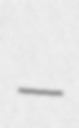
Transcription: –